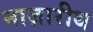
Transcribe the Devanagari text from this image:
नाज़ारीथ